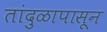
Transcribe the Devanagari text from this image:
तांदुळापासून